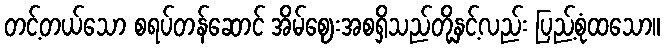
တင့်တယ်သော စရပ်တန်ဆောင် အိမ်ဈေးအစရှိသည်တို့နှင့်လည်း ပြည့်စုံထသော။